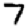
Digit: 7